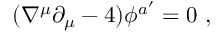
( \nabla ^ { \mu } \partial _ { \mu } - 4 ) \phi ^ { a ^ { \prime } } = 0 \ ,